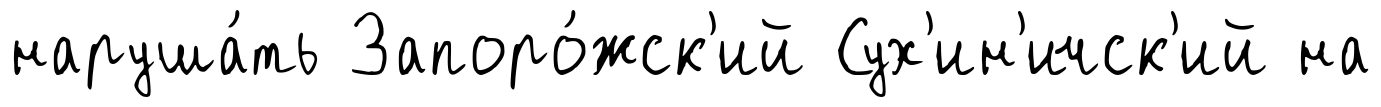
наруша́ть Запоро́жск'ий Сух'ин'ичск'ий на